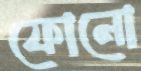
ফোনো